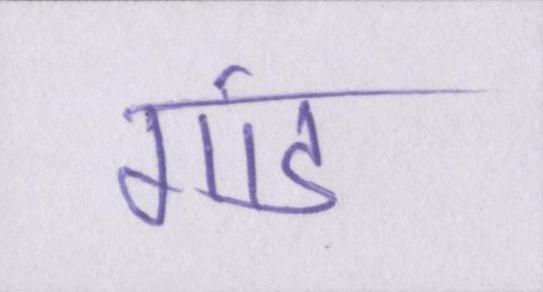
गांड